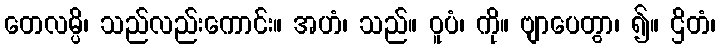
တေလမ္ပိ၊ သည်လည်းကောင်း။ အဟံ၊ သည်။ ဝူပံ၊ ကို။ ဗျာပေတွာ၊ ၍။ ဌိတံ၊